Lunatic asylums Madras 1877-1891 - 1877-1891
Year: 1877
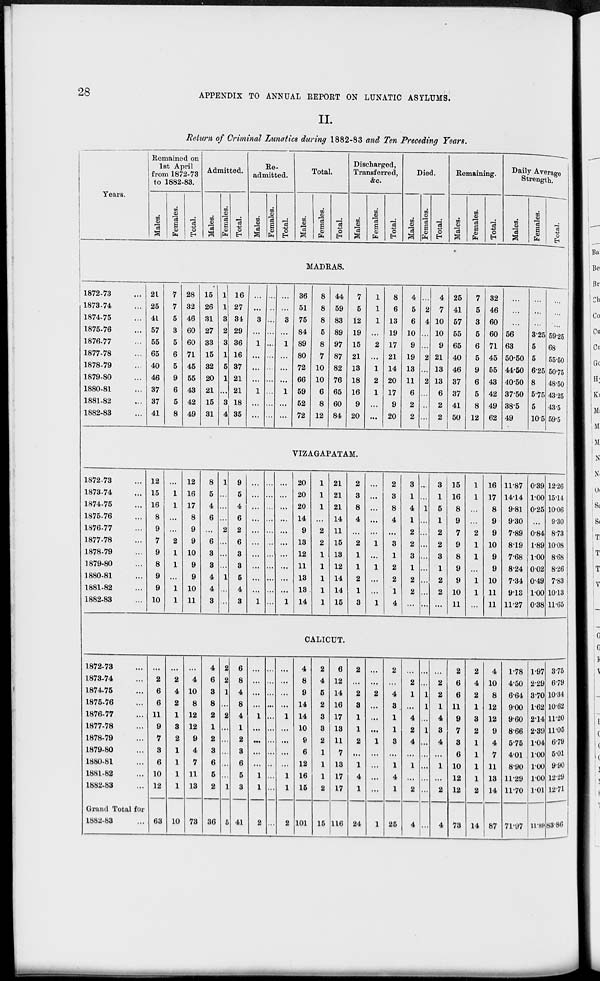
28
APPENDIX TO ANNUAL REPORT ON LUNATIC ASYLUMS.
II.
Return of Criminal Lunatics during 1882-83 and Ten Preceding Years.
Years.
Remained on
1st April
from 1872-73
to 1882-83.
Males.
Females.
Total.
Admitted.
Males.
Females.
Total.
Re-
admitted.
Males.
Females.
Total.
Total.
Males.
Females.
Total.
Discharged,
Transferred,
&c.
Males.
Females.
Total.
Died.
Males.
Females.
Total.
Remaining.
Males.
Females.
Total.
Daily Average
Strength.
Males.
Females.
Total.
MADRAS.
1872-73 ...
1873-74 ...
1874-75 ...
1875-76 ...
1876-77 ...
1877-78 ...
1878-79 ...
1879-80 ...
1880-81 ...
1881-82 ...
1882-83 ...
21
25
41
57
55
65
40
46
37
37
41
7
7
5
3
5
6
5
9
6
5
8
28
32
46
60
60
71
45
55
43
42
49
15
26
31
27
33
15
32
20
21
15
31
1
1
3
2
3
1
5
1
...
3
4
16
27
34
29
36
16
37
21
21
18
35
...
...
3
...
1
...
...
...
1
...
...
...
...
...
...
...
...
...
...
...
...
...
...
...
3
...
1
...
...
...
1
...
...
36
51
75
84
89
80
72
66
59
52
72
8
8
8
5
8
7
10
10
6
8
12
44
59
83
89
97
87
82
76
65
60
84
7
5
12
19
15
21
13
18
16
9
20
1
1
1
...
2
...
1
2
1
...
...
8
6
13
19
17
21
14
20
17
9
20
4
5
6
10
9
19
13
11
6
2
2
...
2
4
...
...
2
...
2
...
...
...
4
7
10
10
9
21
13
13
6
2
2
25
41
57
55
65
40
46
37
37
41
50
7
5
3
5
6
5
9
6
5
8
12
32
46
60
60
71
45
55
43
42
49
62
...
...
...
56
63
50.50
44.50
40.50
37.0
38.5
49
...
...
...
3.25
5
5
6.25
8
5.75
5
10.5
...
...
...
59.25
68
55.50
50.75
48.50
43.25
43.5
59.5
VIZAGAPATAM.
1872-73 ...
1873-74 ...
1874-75 ...
1875-76 ...
1876-77 ...
1877-78 ...
1878-79 ...
1879-80 ...
1880-81 ...
1881-82 ...
1882-83 ...
12
15
16
8
9
7
9
8
9
9
10
...
1
1
...
...
2
1
1
...
1
1
12
16
17
8
9
9
10
9
9
10
11
8
5
4
6
...
6
3
3
4
4
3
1
...
...
...
2
...
...
...
1
...
...
9
5
4
6
2
6
3
3
5
4
3
...
...
...
...
...
...
...
...
...
...
1
...
...
...
...
...
...
...
...
...
...
...
...
...
...
...
...
...
...
...
...
...
1
20
20
20
14
9
13
12
11
13
13
14
1
1
1
...
2
2
1
1
1
1
1
21
21
21
14
11
15
13
12
14
14
15
2
3
8
4
...
2
1
1
2
1
3
...
...
...
...
...
1
...
1
...
...
1
2
3
8
4
...
3
1
2
2
1
4
3
1
4
1
2
2
3
1
2
2
...
...
...
1
...
...
...
...
...
...
...
...
3
1
5
1
2
2
3
1
2
2
...
15
16
8
9
7
9
8
9
9
10
11
1
1
...
...
2
1
1
...
1
1
...
16
17
8
9
9
10
9
9
10
11
11
11.87
14.14
9.81
9.30
7.89
819
7.68
8.24
7.34
9.13
11.27
0.39
1.00
0.25
...
0.84
1.89
1.00
0.02
0.49
1.00
0.38
12.26
15.14
10.06
9.30
8.73
10.08
8.68
8.26
7.83
10.13
11.65
CALICUT.
1872-73 ...
1873-74 ...
1874-75 ...
1875-76 ...
1876-77 ...
1877-78 ...
1878-79 ...
1879-80 ...
1880-81 ...
1881-83 ...
1882-83 ...
Grand Total for
1882-83 ...
...
2
6
6
11
9
7
3
6
10
12
63
...
2
4
2
1
3
2
1
1
1
1
10
...
4
10
8
12
12
9
4
7
11
13
73
4
6
3
8
2
1
2
3
6
5
2
36
2
2
1
...
2
...
...
...
...
...
1
5
6
8
4
8
4
1
2
3
6
5
3
41
...
...
...
...
1
..
...
...
...
1
1
2
...
...
...
...
...
...
...
...
...
...
...
...
...
...
...
...
1
...
...
...
...
1
1
2
4
8
9
14
14
10
9
6
12
16
15
101
2
4
5
2
3
3
2
1
1
1
2
15
6
12
14
16
17
13
11
7
13
17
17
116
2
...
2
3
1
1
2
...
1
4
1
24
...
...
2
...
...
...
1
...
...
...
...
1
2
...
4
3
1
1
3
...
1
4
1
25
...
2
1
...
4
2
4
...
1
...
2
4
...
...
1
1
...
1
...
...
...
...
...
...
...
2
2
1
4
3
4
...
1
...
2
4
2
6
6
11
9
7
3
6
10
12
12
73
2
4
2
1
3
2
1
1
1
1
2
14
4
10
8
12
12
9
4
7
11
13
14
87
1.78
4.50
6.64
9.00
9.60
8.66
5.75
4.01
8.90
11.29
11.70
71.97
1.97
2.29
3.70
1.62
2.14
2.39
1.04
1.00
1.00
1.05
1.01
11.89
3.75
6.79
10.34
10.62
11.20
11.05
6.79
5.01
9.90
12.29
12.71
83.86